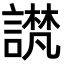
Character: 𫍉